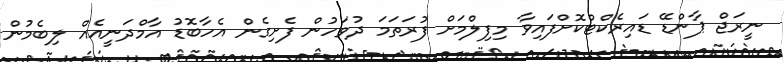
ނީރަޖް ޕާންޑޭ ޑައިރެކްޓްކޮށްފައިވާ މިފިލްމަށް ފުރަތަމަ ދުވަހުން ފެށިގެން އެހާބޮޑު އާމްދަނީއެއް ލިބެމުން